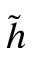
\tilde { h }